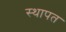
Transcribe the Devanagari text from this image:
स्थापत